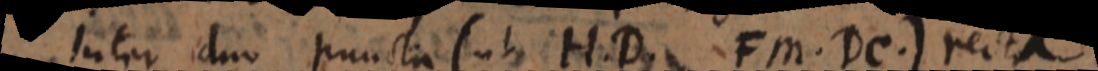
Inter duo puncta (ut HD, FM, DC) recta